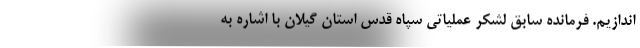
اندازیم. فرمانده سابق لشکر عملیاتی سپاه قدس استان گیلان با اشاره به